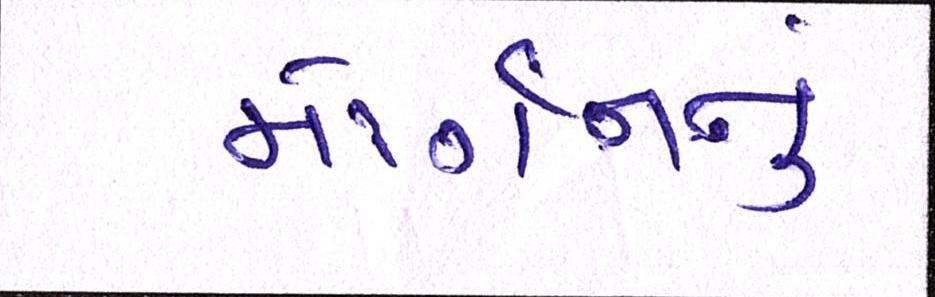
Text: મોર્ગનનું